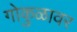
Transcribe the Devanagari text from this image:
गोकुळावर